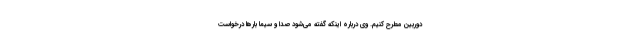
دوربین مطرح کنیم. وی درباره اینکه گفته می‌شود صدا و سیما بارها درخواست